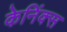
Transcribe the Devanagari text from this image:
केनिंक्स